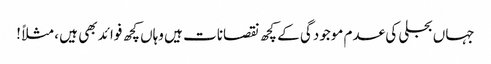
جہاں بجلی کی عدم موجودگی کے کچھ نقصانات ہیں وہاں کچھ فوائد بھی ہیں ، مثلاً !